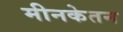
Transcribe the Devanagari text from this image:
मीनकेतन